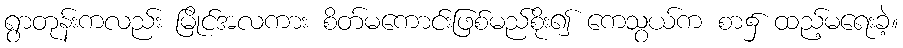
ရွာတုန်းကလည်း မြိုင်အလကား စိတ်မကောင်းဖြစ်မည်စိုး၍ ကေသွယ်က စာ၌ ထည့်မရေးခဲ့။